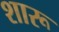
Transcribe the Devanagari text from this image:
शारू